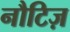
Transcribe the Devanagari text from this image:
नौटिज़